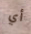
أي